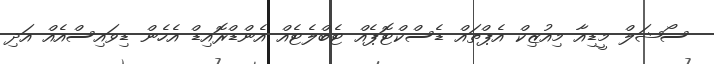
ސޯޝަލް މީޑިއާ މިއުޒިކް އެޕްތައް ޑެސްކްޓޮޕެއް ޓެބްލެޓެއް އެންޑްރޮއިޑް އެހެން ޑިވައިސްއެއް އަދި